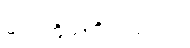
မင်း ကိုယ်တိုင် သွားပါ။